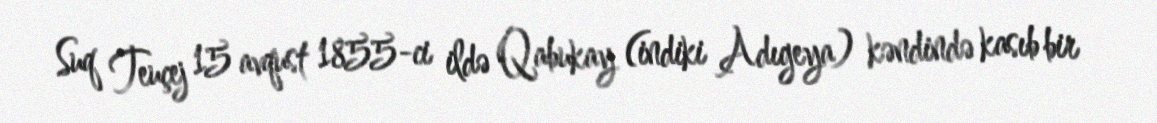
Suq Teuçej 15 avqust 1855-ci ildə Qabukay (indiki Adıgeya) kəndində kasıb bir